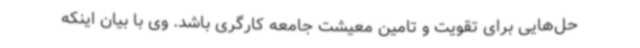
حل‌هایی برای تقویت و تامین معیشت جامعه کارگری باشد. وی با بیان اینکه